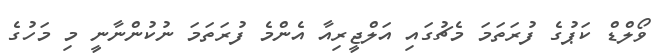
ވޯލްޑް ކަޕުގެ ފުރަތަމަ މެޗުގައި އަލްޖީރިއާ އެންމެ ފުރަތަމަ ނުކުންނާނީ މި މަހުގެ